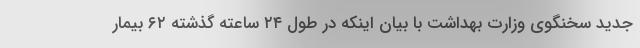
جدید سخنگوی وزارت بهداشت با بیان اینکه در طول ۲۴ ساعته گذشته ۶۲ بیمار